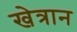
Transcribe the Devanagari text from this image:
खेत्रान